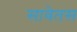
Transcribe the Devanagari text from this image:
सावेतस